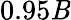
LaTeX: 0.95\mathit{B}